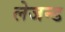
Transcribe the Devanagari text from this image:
लेजन्ड